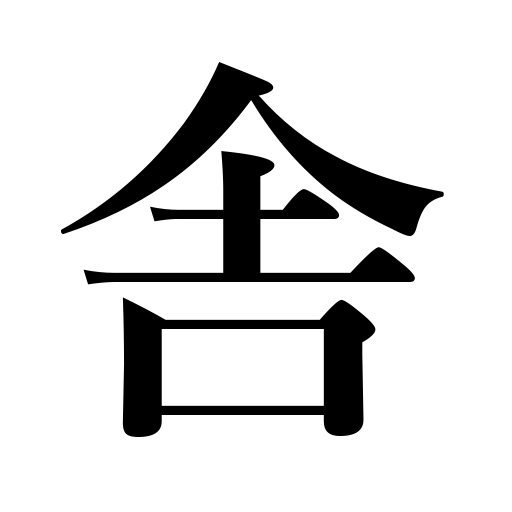
Meanings: house,inn,mansion,hut